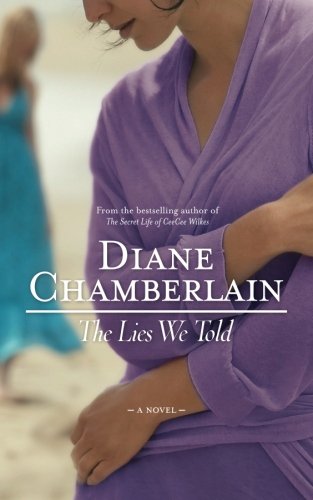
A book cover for The Lies We Told; Diane Chamberlain; Literature & Fiction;